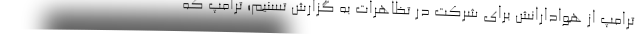
ترامپ از هوادارانش برای شرکت در تظاهرات به گزارش تسنیم؛ ترامپ که